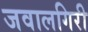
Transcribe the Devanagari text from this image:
जवालगिरी